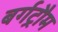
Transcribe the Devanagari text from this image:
बर्गट्रौम